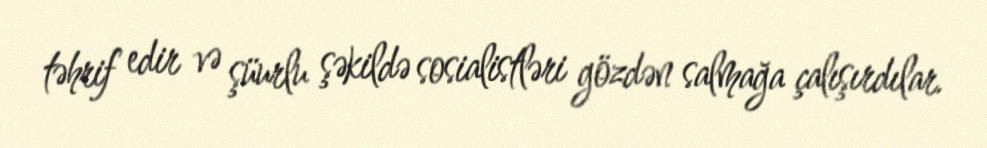
təhrif edir və şüurlu şəkildə sosialistləri gözdən salmağa çalışırdılar.